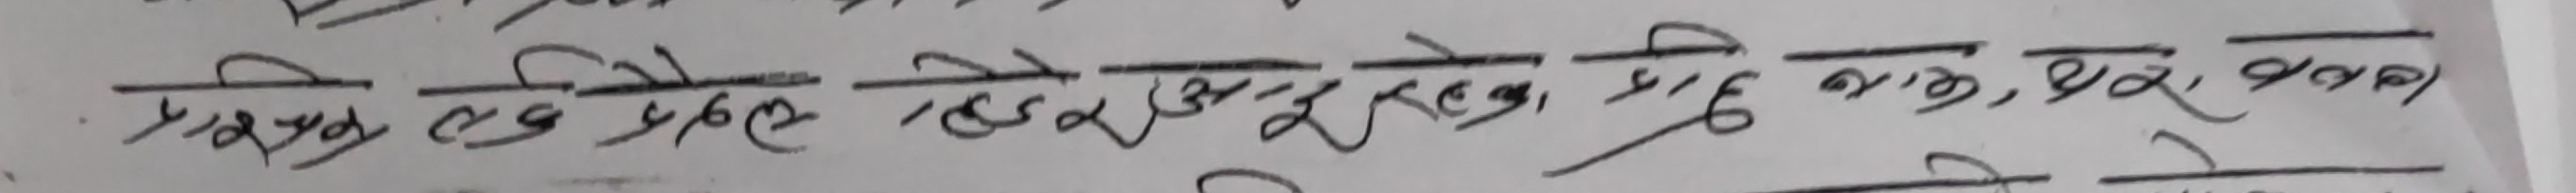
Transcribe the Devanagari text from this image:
प्रत्यक्ष तथा तेज अदृश्य हाच्छ्यु कास, धुवा, धुलो